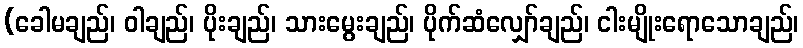
(ခေါမချည်၊ ဝါချည်၊ ပိုးချည်၊ သားမွေးချည်၊ ပိုက်ဆံလျှော်ချည်၊ ငါးမျိုးရောသောချည်၊